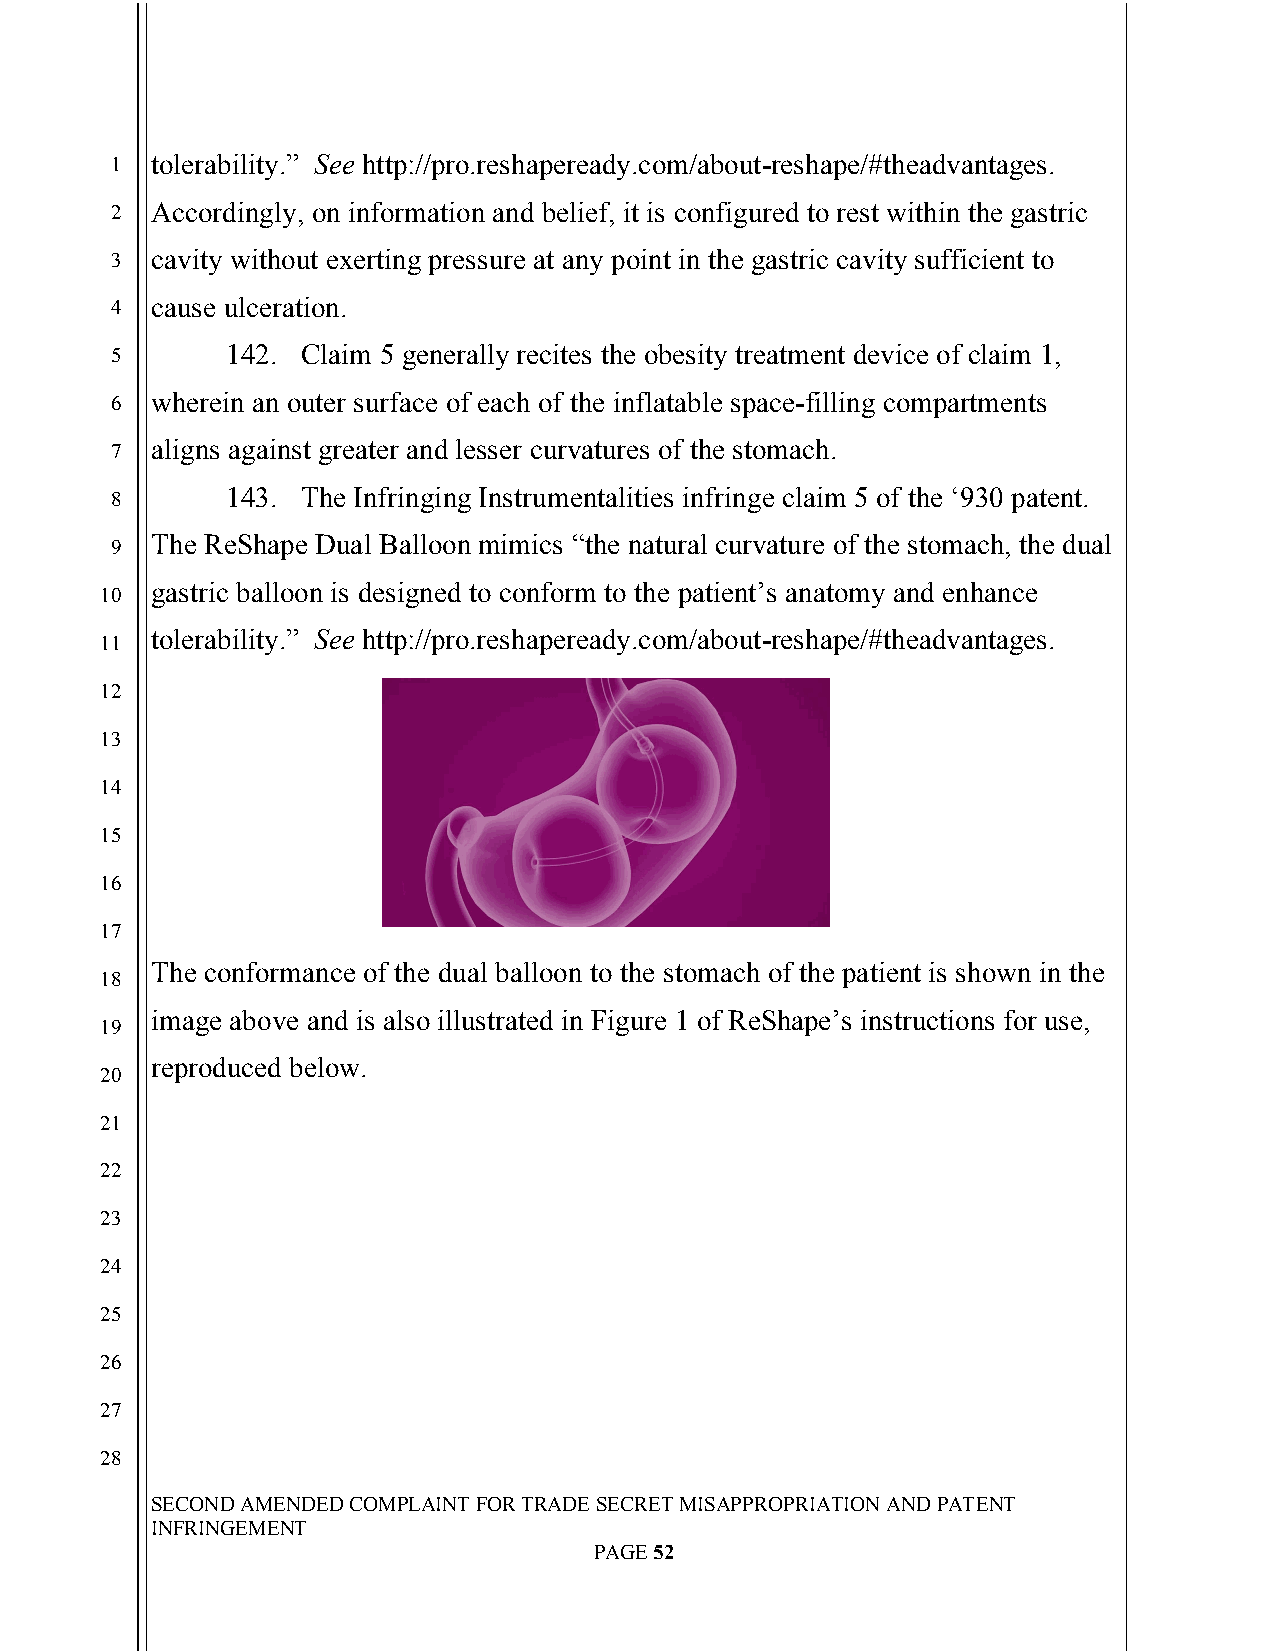
`
 1  tolerability.” See http://pro.reshapeready.com/about-reshape/#theadvantages.
 2  Accordingly, on information and belief, it is configured to rest within the gastric
 3  cavity without exerting pressure at any point in the gastric cavity sufficient to
 4  cause ulceration.
 5       142. Claim 5 generally recites the obesity treatment device of claim 1,
 6  wherein an outer surface of each of the inflatable space-filling compartments
 7  aligns against greater and lesser curvatures of the stomach.
 8       143. The Infringing Instrumentalities infringe claim 5 of the ‘930 patent.
 The ReShape Dual Balloon mimics “the natural curvature of the stomach, the dual
 9
 gastric balloon is designed to conform to the patient’s anatomy and enhance
 10
 tolerability.” See http://pro.reshapeready.com/about-reshape/#theadvantages.
 11
 12
 13
 14
 15
 16
 17
 The conformance of the dual balloon to the stomach of the patient is shown in the
 18
 image above and is also illustrated in Figure 1 of ReShape’s instructions for use,
 19
 reproduced below.
 20
 21
 22
 23
 24
 25
 26
 27
 28
 SECOND AMENDED COMPLAINT FOR TRADE SECRET MISAPPROPRIATION AND PATENT
 INFRINGEMENT
 PAGE 52